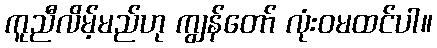
ကူညီလိမ့်မည်ဟု ကျွန်တော် လုံးဝမထင်ပါ။